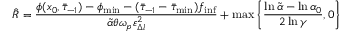
\hat { R } = \frac { \phi ( x _ { 0 } , \bar { \tau } _ { - 1 } ) - \phi _ { \operatorname* { m i n } } - ( \bar { \tau } _ { - 1 } - \bar { \tau } _ { \operatorname* { m i n } } ) f _ { \operatorname* { i n f } } } { \tilde { \alpha } \theta \omega _ { p } \varepsilon _ { \Delta l } ^ { 2 } } + \operatorname* { m a x } \left\{ \frac { \ln \tilde { \alpha } - \ln \alpha _ { 0 } } { 2 \ln \gamma } , 0 \right\}